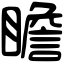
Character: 瞻